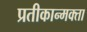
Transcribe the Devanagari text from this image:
प्रतीकान्मक्ता